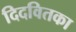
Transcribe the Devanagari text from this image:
दिदवितका